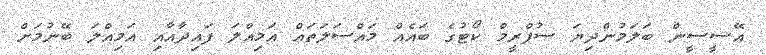
އޭސީސީން ބަލަމުންދިޔަ ސުޕްރީމް ކޯޓުގެ ބައެއް މައްސަލަތައް އަމިއްލަ ފައިދާއާއި އަމިއްލަ ބޭނުމަށް